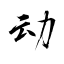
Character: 动